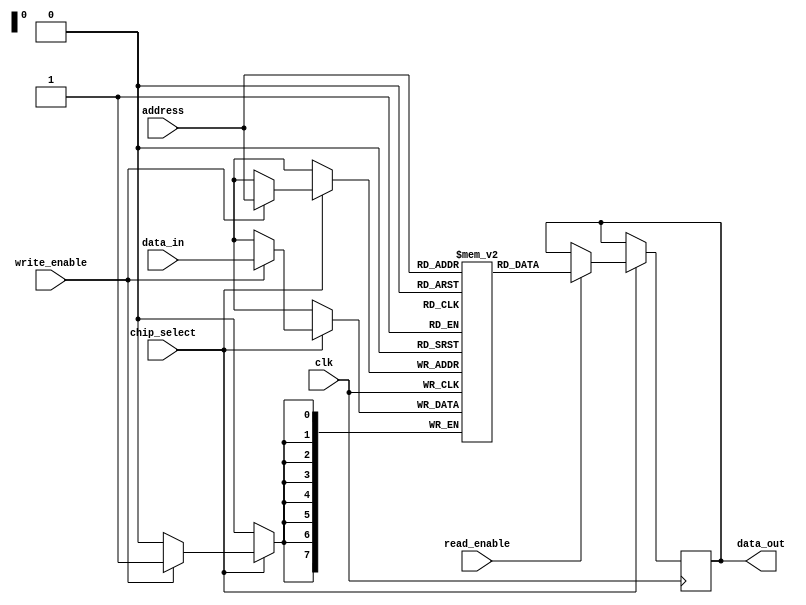
module mram_io_block #(
    parameter DATA_WIDTH = 8,       // Width of data bus
    parameter ADDRESS_WIDTH = 8      // Width of address bus
)(
    input wire clk,                  // Clock signal
    input wire chip_select,          // Chip select signal
    input wire read_enable,          // Read enable signal
    input wire write_enable,         // Write enable signal
    input wire [ADDRESS_WIDTH-1:0] address, // Address bus
    input wire [DATA_WIDTH-1:0] data_in,    // Data input bus
    output reg [DATA_WIDTH-1:0] data_out     // Data output bus
);

// Memory array declaration
reg [DATA_WIDTH-1:0] mram_memory [(2**ADDRESS_WIDTH)-1:0];

// Control logic for read and write operations
always @(posedge clk) begin
    if (chip_select) begin
        if (write_enable) begin
            // Write operation
            mram_memory[address] <= data_in; // Store data in memory
        end
        if (read_enable) begin
            // Read operation
            data_out <= mram_memory[address]; // Read data from memory
        end
    end
end

// Optional: Error detection (simple parity checking for example)
reg [DATA_WIDTH:0] parity_bit; // Parity bit for error detection
always @(posedge clk) begin
    if (chip_select && write_enable) begin
        // Calculate parity for the data being written
        parity_bit <= ^data_in; // XOR all bits for parity
    end
end

// Power management and idle state handling can be added here
// This is a placeholder for power management logic
// ...

endmodule